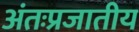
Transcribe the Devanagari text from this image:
अंतःप्रजातीय